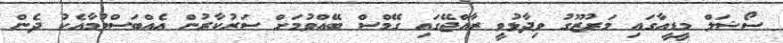
ސޯޝަލް މީޑީއާގައި މަރުޒޫގު ވިދާޅުވީ ރާއްޖޭގައި ގޭމްސް ބޭއްވުމަށް ސަރުކާރުން އެއްބަސްވުމާއެކު ދެން